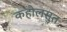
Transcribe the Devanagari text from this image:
कहोलसुत